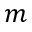
m